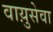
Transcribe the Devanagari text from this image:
वाय़ुसेवा